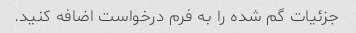
جزئیات گم شده را به فرم درخواست اضافه کنید.